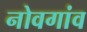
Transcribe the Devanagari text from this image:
नोवगांव